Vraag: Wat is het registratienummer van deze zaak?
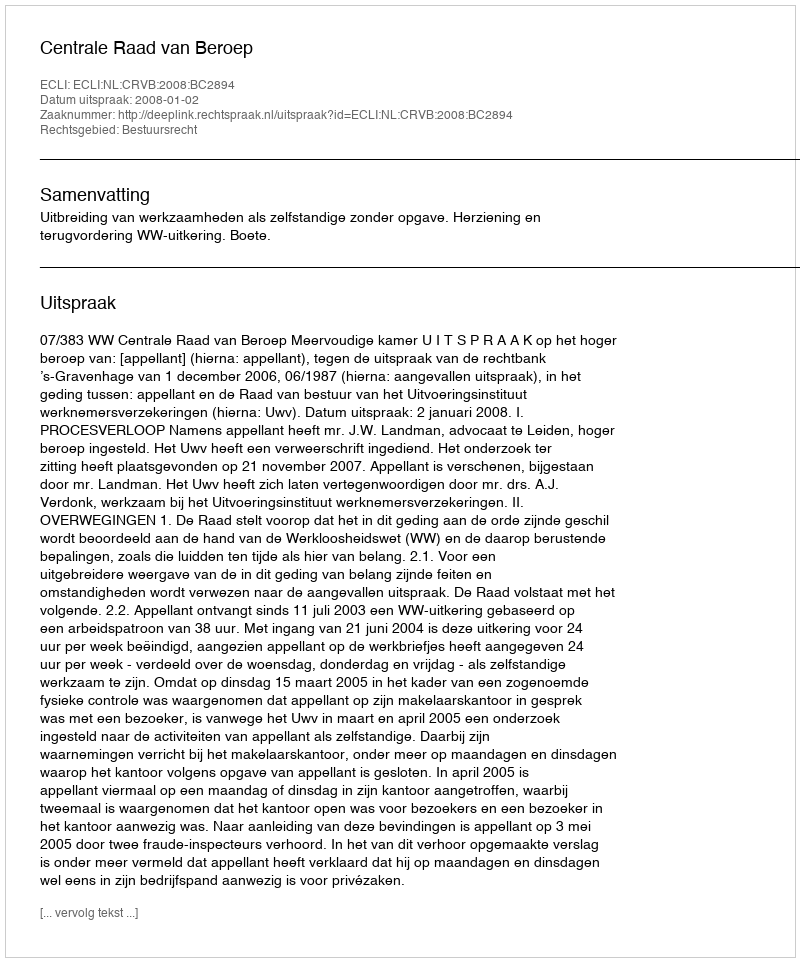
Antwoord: http://deeplink.rechtspraak.nl/uitspraak?id=ECLI:NL:CRVB:2008:BC2894